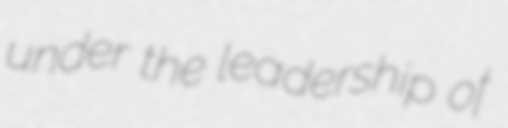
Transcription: under the leadership of